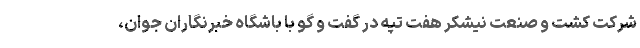
شرکت کشت و صنعت نیشکر هفت تپه در گفت و گو با باشگاه خبرنگاران جوان،